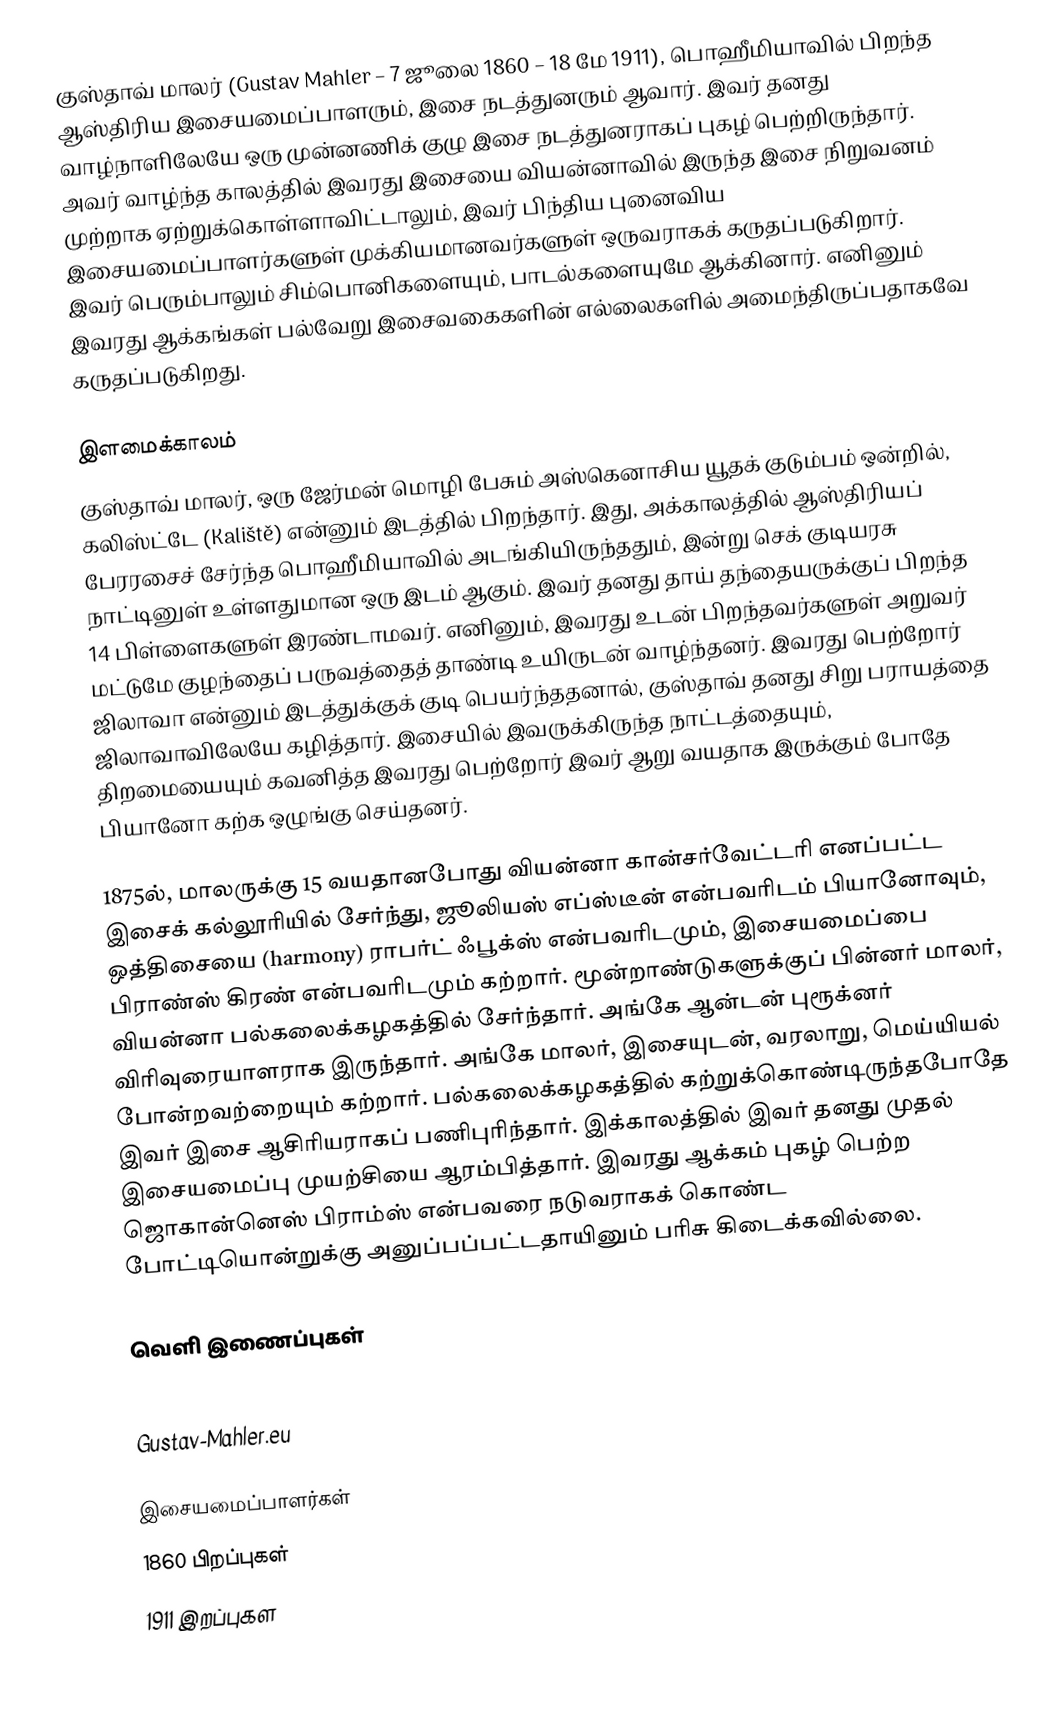
குஸ்தாவ் மாலர் (Gustav Mahler – 7 ஜூலை 1860 – 18 மே 1911), பொஹீமியாவில் பிறந்த ஆஸ்திரிய இசையமைப்பாளரும், இசை நடத்துனரும் ஆவார். இவர் தனது வாழ்நாளிலேயே ஒரு முன்னணிக் குழு இசை நடத்துனராகப் புகழ் பெற்றிருந்தார். அவர் வாழ்ந்த காலத்தில் இவரது இசையை வியன்னாவில் இருந்த இசை நிறுவனம் முற்றாக ஏற்றுக்கொள்ளாவிட்டாலும், இவர் பிந்திய புனைவிய இசையமைப்பாளர்களுள் முக்கியமானவர்களுள் ஒருவராகக் கருதப்படுகிறார். இவர் பெரும்பாலும் சிம்பொனிகளையும், பாடல்களையுமே ஆக்கினார். எனினும் இவரது ஆக்கங்கள் பல்வேறு இசைவகைகளின் எல்லைகளில் அமைந்திருப்பதாகவே கருதப்படுகிறது.

இளமைக்காலம்
குஸ்தாவ் மாலர், ஒரு ஜேர்மன் மொழி பேசும் அஸ்கெனாசிய யூதக் குடும்பம் ஒன்றில், கலிஸ்ட்டே (Kaliště) என்னும் இடத்தில் பிறந்தார். இது, அக்காலத்தில் ஆஸ்திரியப் பேரரசைச் சேர்ந்த பொஹீமியாவில் அடங்கியிருந்ததும், இன்று செக் குடியரசு நாட்டினுள் உள்ளதுமான ஒரு இடம் ஆகும். இவர் தனது தாய் தந்தையருக்குப் பிறந்த 14 பிள்ளைகளுள் இரண்டாமவர். எனினும், இவரது உடன் பிறந்தவர்களுள் அறுவர் மட்டுமே குழந்தைப் பருவத்தைத் தாண்டி உயிருடன் வாழ்ந்தனர். இவரது பெற்றோர் ஜிலாவா என்னும் இடத்துக்குக் குடி பெயர்ந்ததனால், குஸ்தாவ் தனது சிறு பராயத்தை ஜிலாவாவிலேயே கழித்தார். இசையில் இவருக்கிருந்த நாட்டத்தையும், திறமையையும் கவனித்த இவரது பெற்றோர் இவர் ஆறு வயதாக இருக்கும் போதே பியானோ கற்க ஒழுங்கு செய்தனர்.

1875ல், மாலருக்கு 15 வயதானபோது வியன்னா கான்சர்வேட்டரி எனப்பட்ட இசைக் கல்லூரியில் சேர்ந்து, ஜூலியஸ் எப்ஸ்டீன் என்பவரிடம் பியானோவும், ஒத்திசையை (harmony) ராபர்ட் ஃபூக்ஸ் என்பவரிடமும், இசையமைப்பை பிராண்ஸ் கிரண் என்பவரிடமும் கற்றார். மூன்றாண்டுகளுக்குப் பின்னர் மாலர், வியன்னா பல்கலைக்கழகத்தில் சேர்ந்தார். அங்கே ஆன்டன் புரூக்னர் விரிவுரையாளராக இருந்தார். அங்கே மாலர், இசையுடன், வரலாறு, மெய்யியல் போன்றவற்றையும் கற்றார். பல்கலைக்கழகத்தில் கற்றுக்கொண்டிருந்தபோதே இவர் இசை ஆசிரியராகப் பணிபுரிந்தார். இக்காலத்தில் இவர் தனது முதல் இசையமைப்பு முயற்சியை ஆரம்பித்தார். இவரது ஆக்கம் புகழ் பெற்ற ஜொகான்னெஸ் பிராம்ஸ் என்பவரை நடுவராகக் கொண்ட போட்டியொன்றுக்கு அனுப்பப்பட்டதாயினும் பரிசு கிடைக்கவில்லை.

வெளி இணைப்புகள்

 Gustav-Mahler.eu

இசையமைப்பாளர்கள்
1860 பிறப்புகள்
1911 இறப்புகள